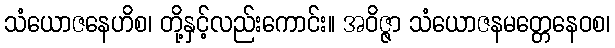
သံယောဇနေဟိစ၊ တို့နှင့်လည်းကောင်း။ အဝိဇ္ဇာ သံယောဇနမတ္တေနေဝစ၊